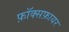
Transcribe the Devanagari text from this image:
फ़ॉक्सफ़ायर